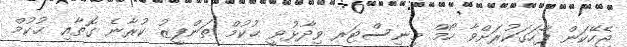
ޖެހޭކަން ފާހަގަކުރަށްވާ ހޯމް މިނިސްޓަރ ވިދާޅުވީ ޙުކުމް ތަންފީޒު ކުރާނެ ގޮތާއި ޙުކުމް